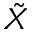
\tilde { X }